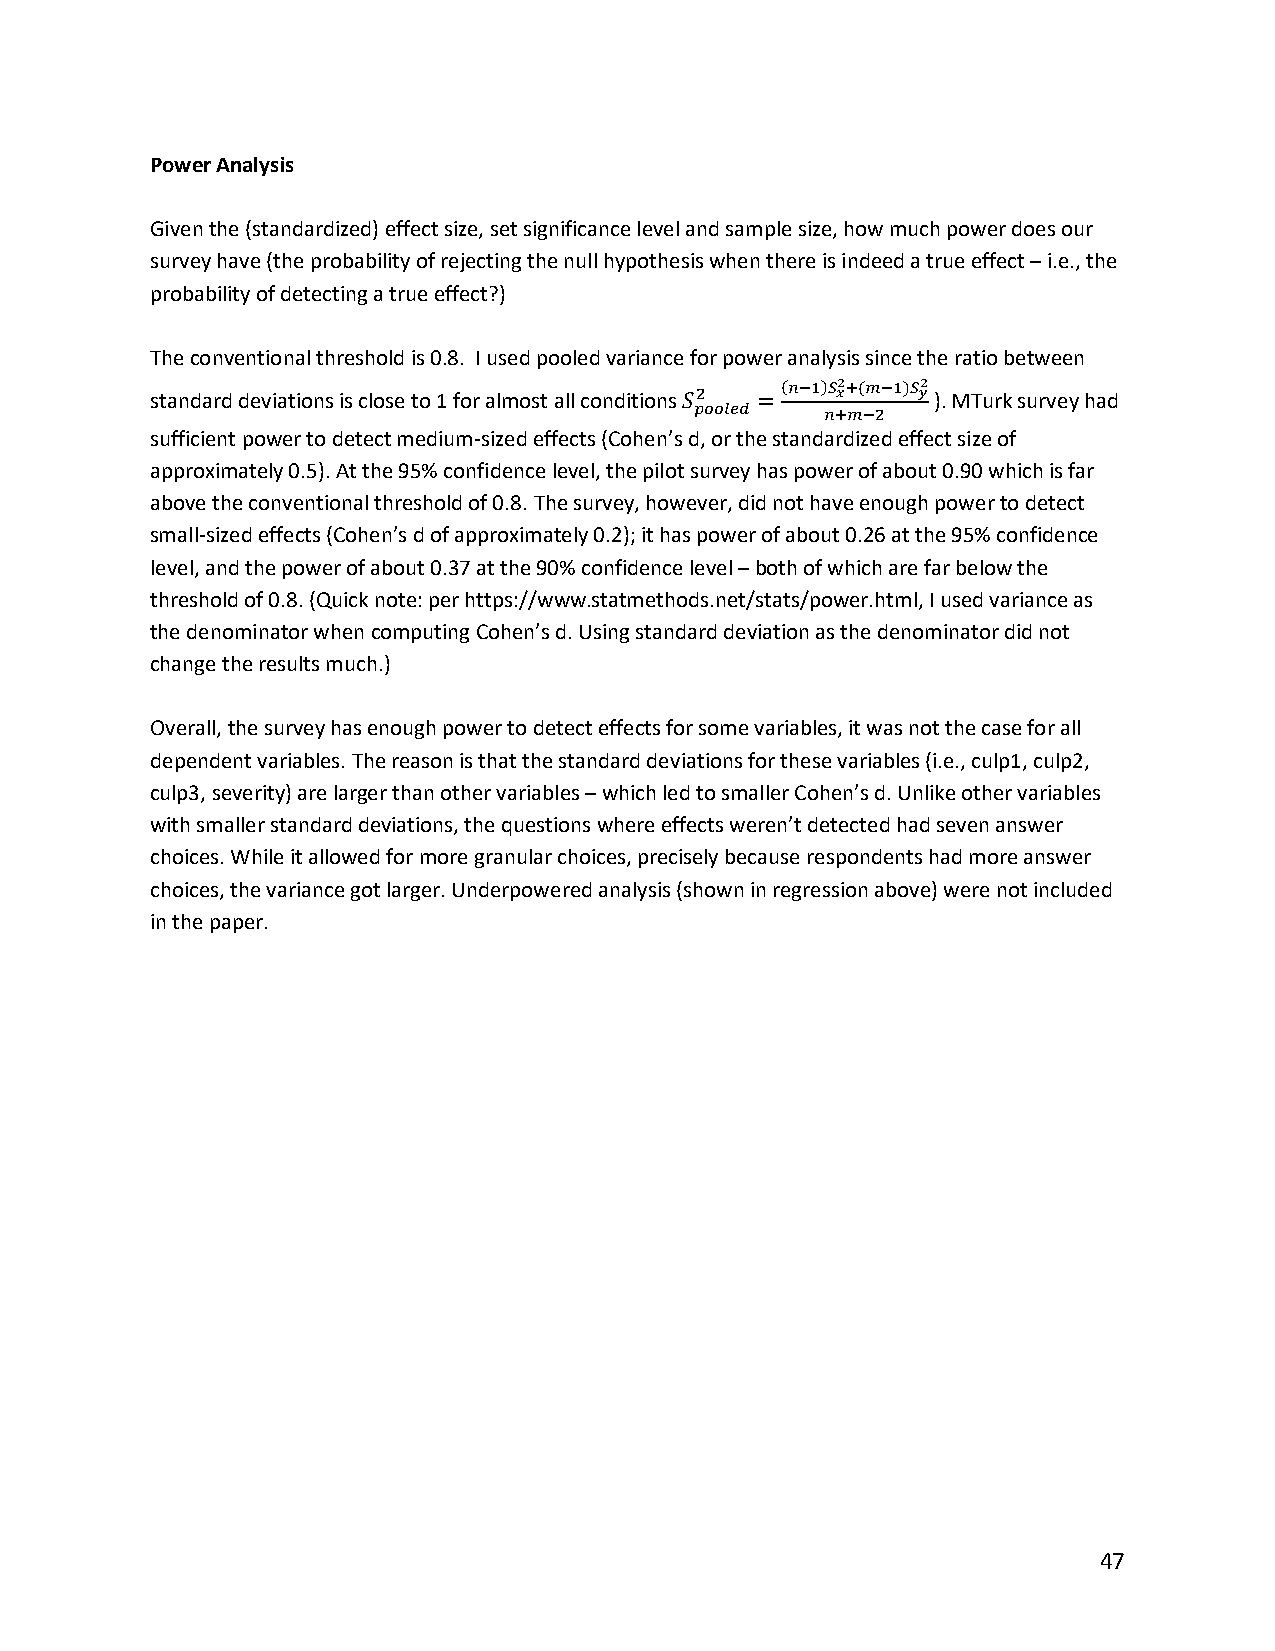
Power Analysis
 Given the (standardized) effect size, set significance level and sample size, how much power does our
 survey have (the probability of rejecting the null hypothesis when there is indeed a true effect – i.e., the
 probability of detecting a true effect?)
 The conventional threshold is 0.8. I used pooled variance for power analysis since the ratio between
 standard deviations is close to 1 for almost all conditions ). MTurk survey had
 2     2
 sufficient power to detect medium-sized effects (Cohen’s d2, or the s( t𝑛𝑛 a− n1 d) a𝑆𝑆 r𝑥𝑥 d+ i( z𝑚𝑚 ed− 1 e) f𝑆𝑆 f𝑦𝑦 ect size of
 𝑆𝑆𝑝𝑝𝑝𝑝𝑝𝑝𝑝𝑝𝑝𝑝𝑝𝑝 = 𝑛𝑛+𝑚𝑚−2
 approximately 0.5). At the 95% confidence level, the pilot survey has power of about 0.90 which is far
 above the conventional threshold of 0.8. The survey, however, did not have enough power to detect
 small-sized effects (Cohen’s d of approximately 0.2); it has power of about 0.26 at the 95% confidence
 level, and the power of about 0.37 at the 90% confidence level – both of which are far below the
 threshold of 0.8. (Quick note: per https://www.statmethods.net/stats/power.html, I used variance as
 the denominator when computing Cohen’s d. Using standard deviation as the denominator did not
 change the results much.)
 Overall, the survey has enough power to detect effects for some variables, it was not the case for all
 dependent variables. The reason is that the standard deviations for these variables (i.e., culp1, culp2,
 culp3, severity) are larger than other variables – which led to smaller Cohen’s d. Unlike other variables
 with smaller standard deviations, the questions where effects weren’t detected had seven answer
 choices. While it allowed for more granular choices, precisely because respondents had more answer
 choices, the variance got larger. Underpowered analysis (shown in regression above) were not included
 in the paper.
 47